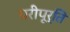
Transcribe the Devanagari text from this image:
परीपूर्ति